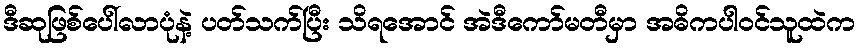
ဒီဆုဖြစ်ပေါ်လာပုံနဲ့ ပတ်သက်ပြီး သိရအောင် အဲဒီကော်မတီမှာ အဓိကပါဝင်သူထဲက